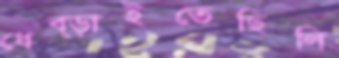
ধেব্‌ড়াইতেছিলি